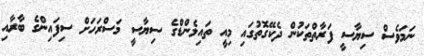
ނަމަވެސް ސިޔާސީ ފަރާތްތަކުން ދެކޭގޮތުގައި މިއީ ތައިލެންޑްގެ ސިޔާސީ މަސްރަހަށް ސިފައިންގެ ބާރާއި